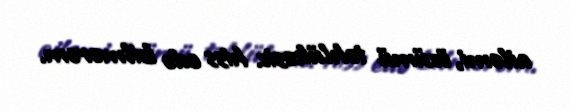
ailəmi, özümü təhlükəsiz hiss edə bilmərəm.